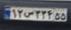
۱۲س۲۳۴۵۵